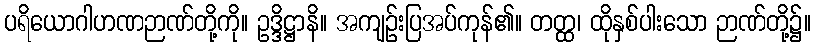
ပရိယောဂါဟဏဉာဏ်တို့ကို။ ဥဒ္ဒိဋ္ဌာနိ။ အကျဉ်းပြအပ်ကုန်၏။ တတ္ထ၊ ထိုနှစ်ပါးသော ဉာဏ်တို့၌။